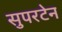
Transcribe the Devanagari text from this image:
सुपरटेन